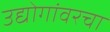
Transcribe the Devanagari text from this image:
उद्योगांवरचा